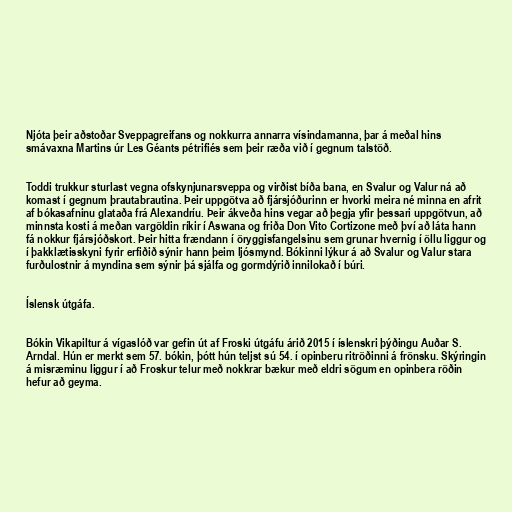
Njóta þeir aðstoðar Sveppagreifans og nokkurra annarra vísindamanna, þar á meðal hins
smávaxna Martins úr Les Géants pétrifiés sem þeir ræða við í gegnum talstöð.

Toddi trukkur sturlast vegna ofskynjunarsveppa og virðist bíða bana, en Svalur og Valur ná að
komast í gegnum þrautabrautina. Þeir uppgötva að fjársjóðurinn er hvorki meira né minna en afrit
af bókasafninu glataða frá Alexandríu. Þeir ákveða hins vegar að þegja yfir þessari uppgötvun, að
minnsta kosti á meðan vargöldin ríkir í Aswana og friða Don Vito Cortizone með því að láta hann
fá nokkur fjársjóðskort. Þeir hitta frændann í öryggisfangelsinu sem grunar hvernig í öllu liggur og
í þakklætisskyni fyrir erfiðið sýnir hann þeim ljósmynd. Bókinni lýkur á að Svalur og Valur stara
furðulostnir á myndina sem sýnir þá sjálfa og gormdýrið innilokað í búri.

Íslensk útgáfa.

Bókin Vikapiltur á vígaslóð var gefin út af Froski útgáfu árið 2015 í íslenskri þýðingu Auðar S.
Arndal. Hún er merkt sem 57. bókin, þótt hún teljst sú 54. í opinberu ritröðinni á frönsku. Skýringin
á misræminu liggur í að Froskur telur með nokkrar bækur með eldri sögum en opinbera röðin
hefur að geyma.